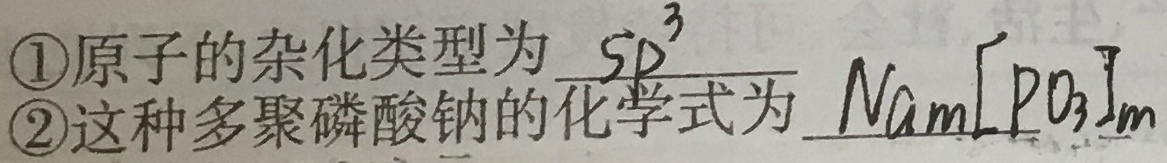
\textcircled{1}原子的杂化类型为$sp^{3}$。
\textcircled{2}这种多聚磷酸钠的化学式为$Na_{m}[PO_{3}]_{m}$。